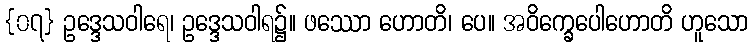
{၀၇} ဥဒ္ဒေသဝါရေ၊ ဥဒ္ဒေသဝါရ၌။ ဖဿော ဟောတိ၊ ပေ။ အဝိက္ခေပေါဟောတိ ဟူသော